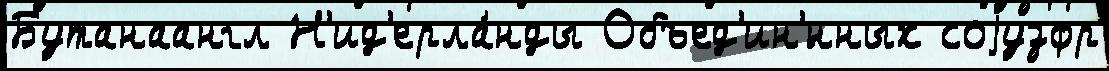
Бутанаангл Н'ид'ерла́нды Объед'ин'́нных соjузфр